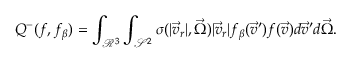
Q ^ { - } ( f , f _ { \beta } ) = \int _ { \mathcal { R } ^ { 3 } } \int _ { \mathcal { S } ^ { 2 } } \sigma ( | \vec { v } _ { r } | , \vec { \Omega } ) | \vec { v } _ { r } | f _ { \beta } ( \vec { v } ^ { \prime } ) f ( \vec { v } ) d \vec { v } ^ { \prime } d \vec { \Omega } .